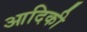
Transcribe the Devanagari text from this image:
आदिकी